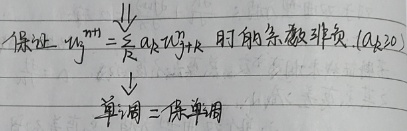
保证 \(w^{m}=\sum_{k} a_{k} w_{k}^{n}\) 时的系数非负 \((a_{k} \geq 0)\)
单声子 = 准单声子